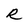
Character: R